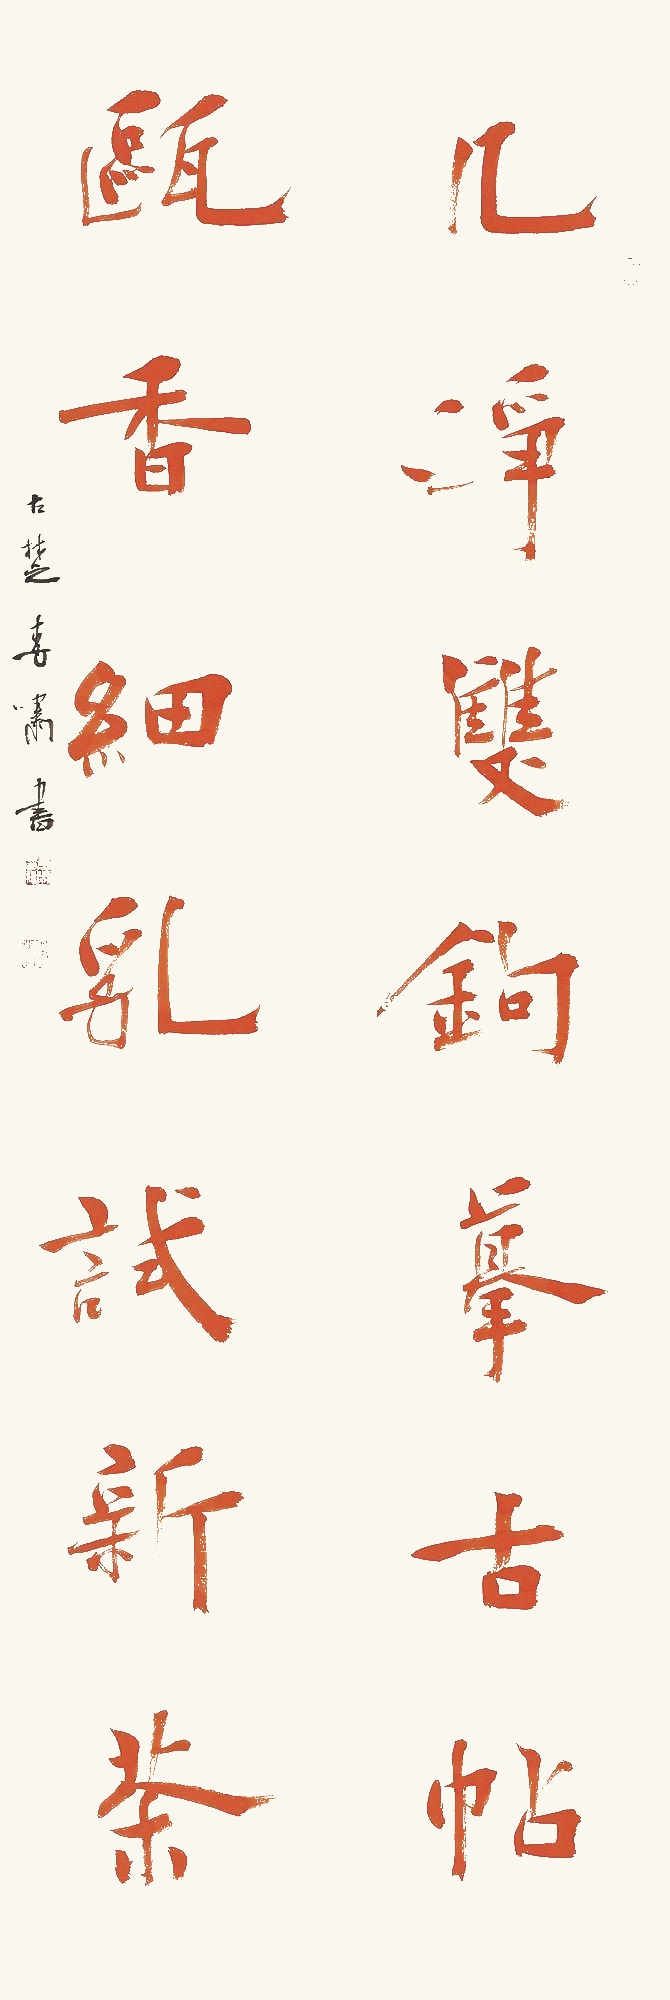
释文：几净双钩摹古帖，瓯香细乳试新茶。古楚李啸书。